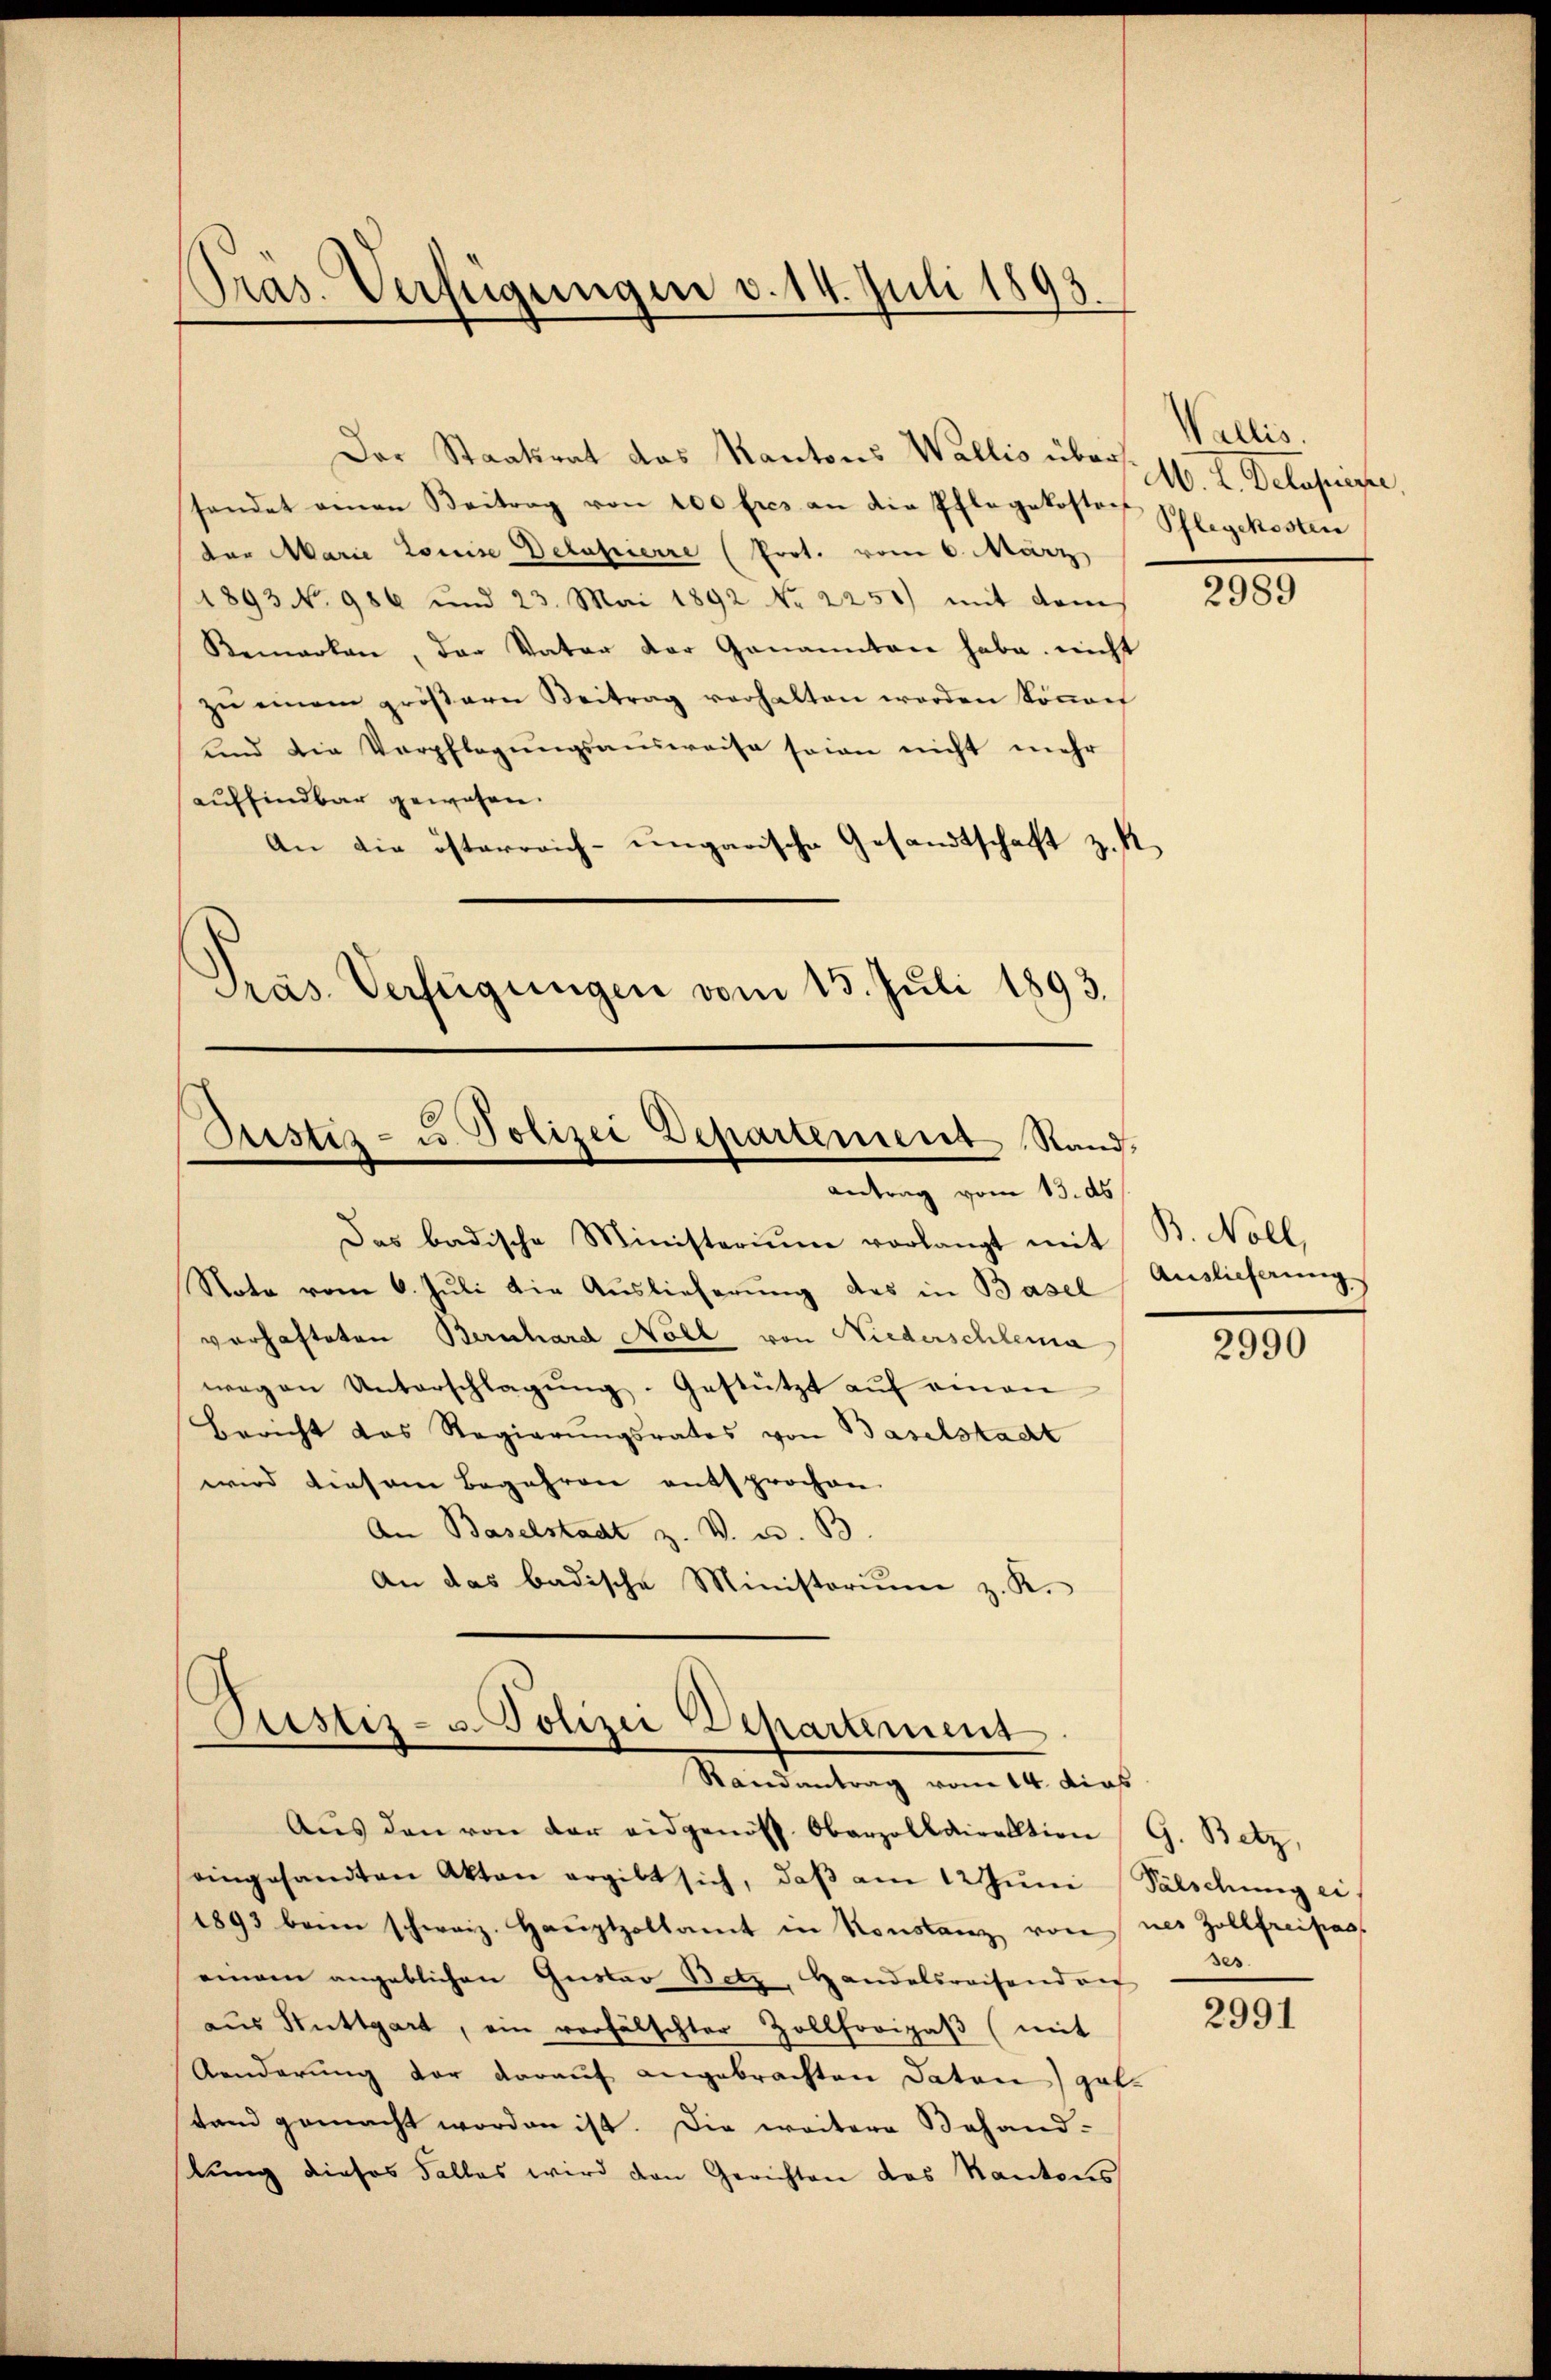
Pras. Verfügungen v. 14. Juli 1893.

Der Staatsrat das Kantons Wallis übershandet ainen Beitrag von 200 fres an die Pflegekostor Schlegekosten
tor Marie Louise Detasierre (Prot. vom 6. März
1893 No 986 und 23. Mai 1892 No 2250) mit dem
Remarken, der Vater der Genannten habe nicht
zŭ einem gröβern Beitrag verhalten werden köṅen
und die Verpflegungsausweise sein nicht mehr
auffindbar gewesen.
An die österreich-ungarische Gesandtschaft z. R.
Präs. Verfügungen vom 15. Juli 1893.

Justiz- u Polizei Departement Stand,
antrag vom 13. ds
Das badische Ministerium vorlangt mit
Note vom 6. Juli die Auslieferung des in Basel

vorhafteten Bernhard Nohl von Niederschlema
wegen Unterschlagung. Gestützt aŭf einen
Bericht das Regierungsrates von Baselstacht
wird diesem Begehren entsprochen.
An Baselstadt z. V. a. B
An das badische Ministorium z. K.

Justiz- u. Polizei Departement
Randantrag vom 14. dies

Wallis.
M. L. Detasie

Aŭs den von der eidgenöss. Oberzolldirektion G. Betz,
eingesandten Akten ergibt sich, daß am 12 Juni Fälschung ei
1893 beim schweiz. Haŭptzollamt in Konstanz von nes Zollfreipas.
einem angeblichen Gustav Betz, Handelsreisend an
aus Stuttgart, ein verfälschter Zollforigaβ (mit
Aenderung vor darauf angebrachten Daten gut.
tand gemacht worden ist. Die weitere Behand-
stung dieses Falles wird den Gerichten das Kantons

2989

B. Noll,
Auslieferung

2990

ses.

2991